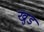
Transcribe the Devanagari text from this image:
खुड